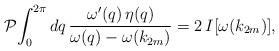
LaTeX: \begin{align*}\mathcal{P} \!\int_0^{2\pi} d q\,\frac{\omega'(q)\,\eta(q)}{\omega(q)-\omega(k_{2m})}=2\,I[\omega(k_{2m})],\end{align*}